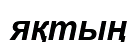
яқтың